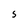
Character: 5